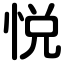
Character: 悦